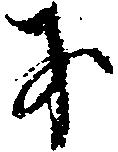
才